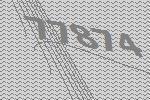
77874